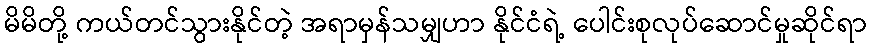
မိမိတို့ ကယ်တင်သွားနိုင်တဲ့ အရာမှန်သမျှဟာ နိုင်ငံရဲ့ ပေါင်းစုလုပ်ဆောင်မှုဆိုင်ရာ